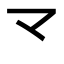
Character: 龴